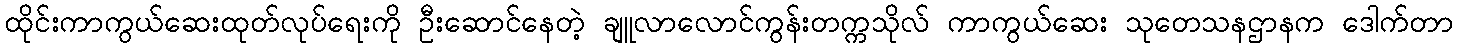
ထိုင်းကာကွယ်ဆေးထုတ်လုပ်ရေးကို ဦးဆောင်နေတဲ့ ချူလာလောင်ကွန်းတက္ကသိုလ် ကာကွယ်ဆေး သုတေသနဌာနက ဒေါက်တာ